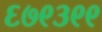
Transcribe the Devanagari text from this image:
६७९३९९